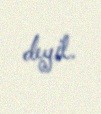
deyil.